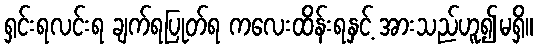
ရှင်းရလင်းရ ချက်ရပြုတ်ရ ကလေးထိန်းရနှင့် အားသည်ဟူ၍မရှိ။